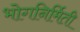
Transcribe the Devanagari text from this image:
भोगनिर्मिती